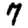
Digit: 7